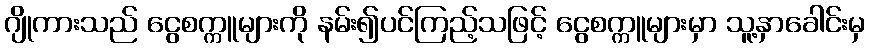
ဂျိုကားသည် ငွေစက္ကူများကို နမ်း၍ပင်ကြည့်သဖြင့် ငွေစက္ကူများမှာ သူ့နှာခေါင်းမှ